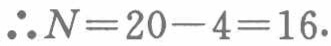
\(\therefore N = 20 - 4 = 16.\)